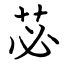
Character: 苾